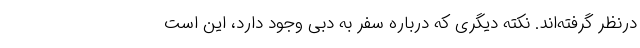
درنظر گرفته‌اند. نکته دیگری که درباره سفر به دبی وجود دارد، این است